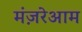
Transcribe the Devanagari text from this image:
मंज़रेआम